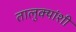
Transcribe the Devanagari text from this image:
तालुक्यांशी